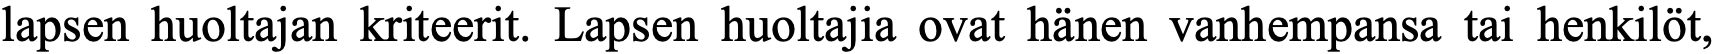
lapsen huoltajan kriteerit. Lapsen huoltajia ovat hänen vanhempansa tai henkilöt,